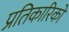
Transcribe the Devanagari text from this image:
प्रतिकारिकों